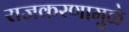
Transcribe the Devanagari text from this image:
राजकरणामुळे